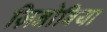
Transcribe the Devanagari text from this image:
ज़िनोबिया